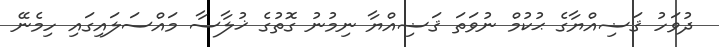
ދުވަހު ޤަޟިއްޔާގެ ޙުކުމް ނުވަތަ ޤަޟިއްޔާ ނިމުނު ގޮތުގެ ޚުލާސާ މައްސަލައިގައި ހިމެނޭ